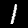
Digit: 1